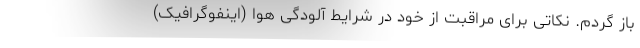
باز گردم. نکاتی برای مراقبت از خود در شرایط آلودگی هوا (اینفوگرافیک)